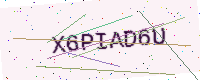
Text: X6PIAD6U